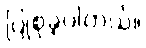
ပြုစုခဲ့ပါတယ်။